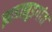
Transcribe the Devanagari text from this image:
झाडाझुडपांत